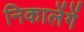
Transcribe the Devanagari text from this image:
निकालेंगें